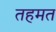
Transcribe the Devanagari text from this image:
तहमत